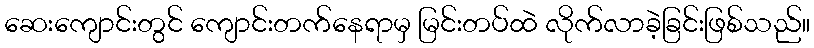
ဆေးကျောင်းတွင် ကျောင်းတက်နေရာမှ မြင်းတပ်ထဲ လိုက်လာခဲ့ခြင်းဖြစ်သည်။